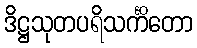
ဒိဋ္ဌသုတပရိသင်္ကိတော